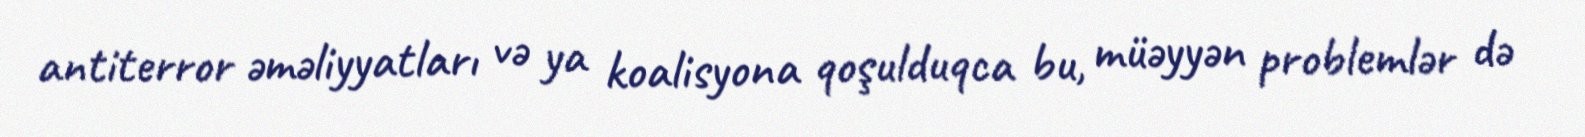
antiterror əməliyyatları və ya koalisyona qoşulduqca bu, müəyyən problemlər də